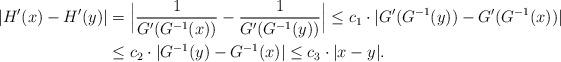
LaTeX: \begin{align*}|H'(x)-H'(y)|&=\Bigl|\frac{1}{G'(G^{-1}(x))}-\frac{1}{G'(G^{-1}(y))}\Bigr|\leq c_1\cdot |G'(G^{-1}(y))-G'(G^{-1}(x))|\\&\leq c_2\cdot |G^{-1}(y)-G^{-1}(x)|\leq c_3\cdot |x-y|.\end{align*}